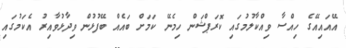
އޭއައިއޭގެ ހިއްސާ ވިއްކާލުމުގައި ކޮރަޕްޝަން ހިމެނޭ ކަމަށް ބައެއް ބޭފުޅުން ވިދާޅުވާއިރު އެކަމުގައި